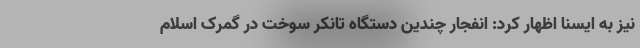
نیز به ایسنا اظهار کرد: انفجار چندین دستگاه تانکر سوخت در گمرک اسلام